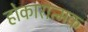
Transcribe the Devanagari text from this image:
होकारात्मक